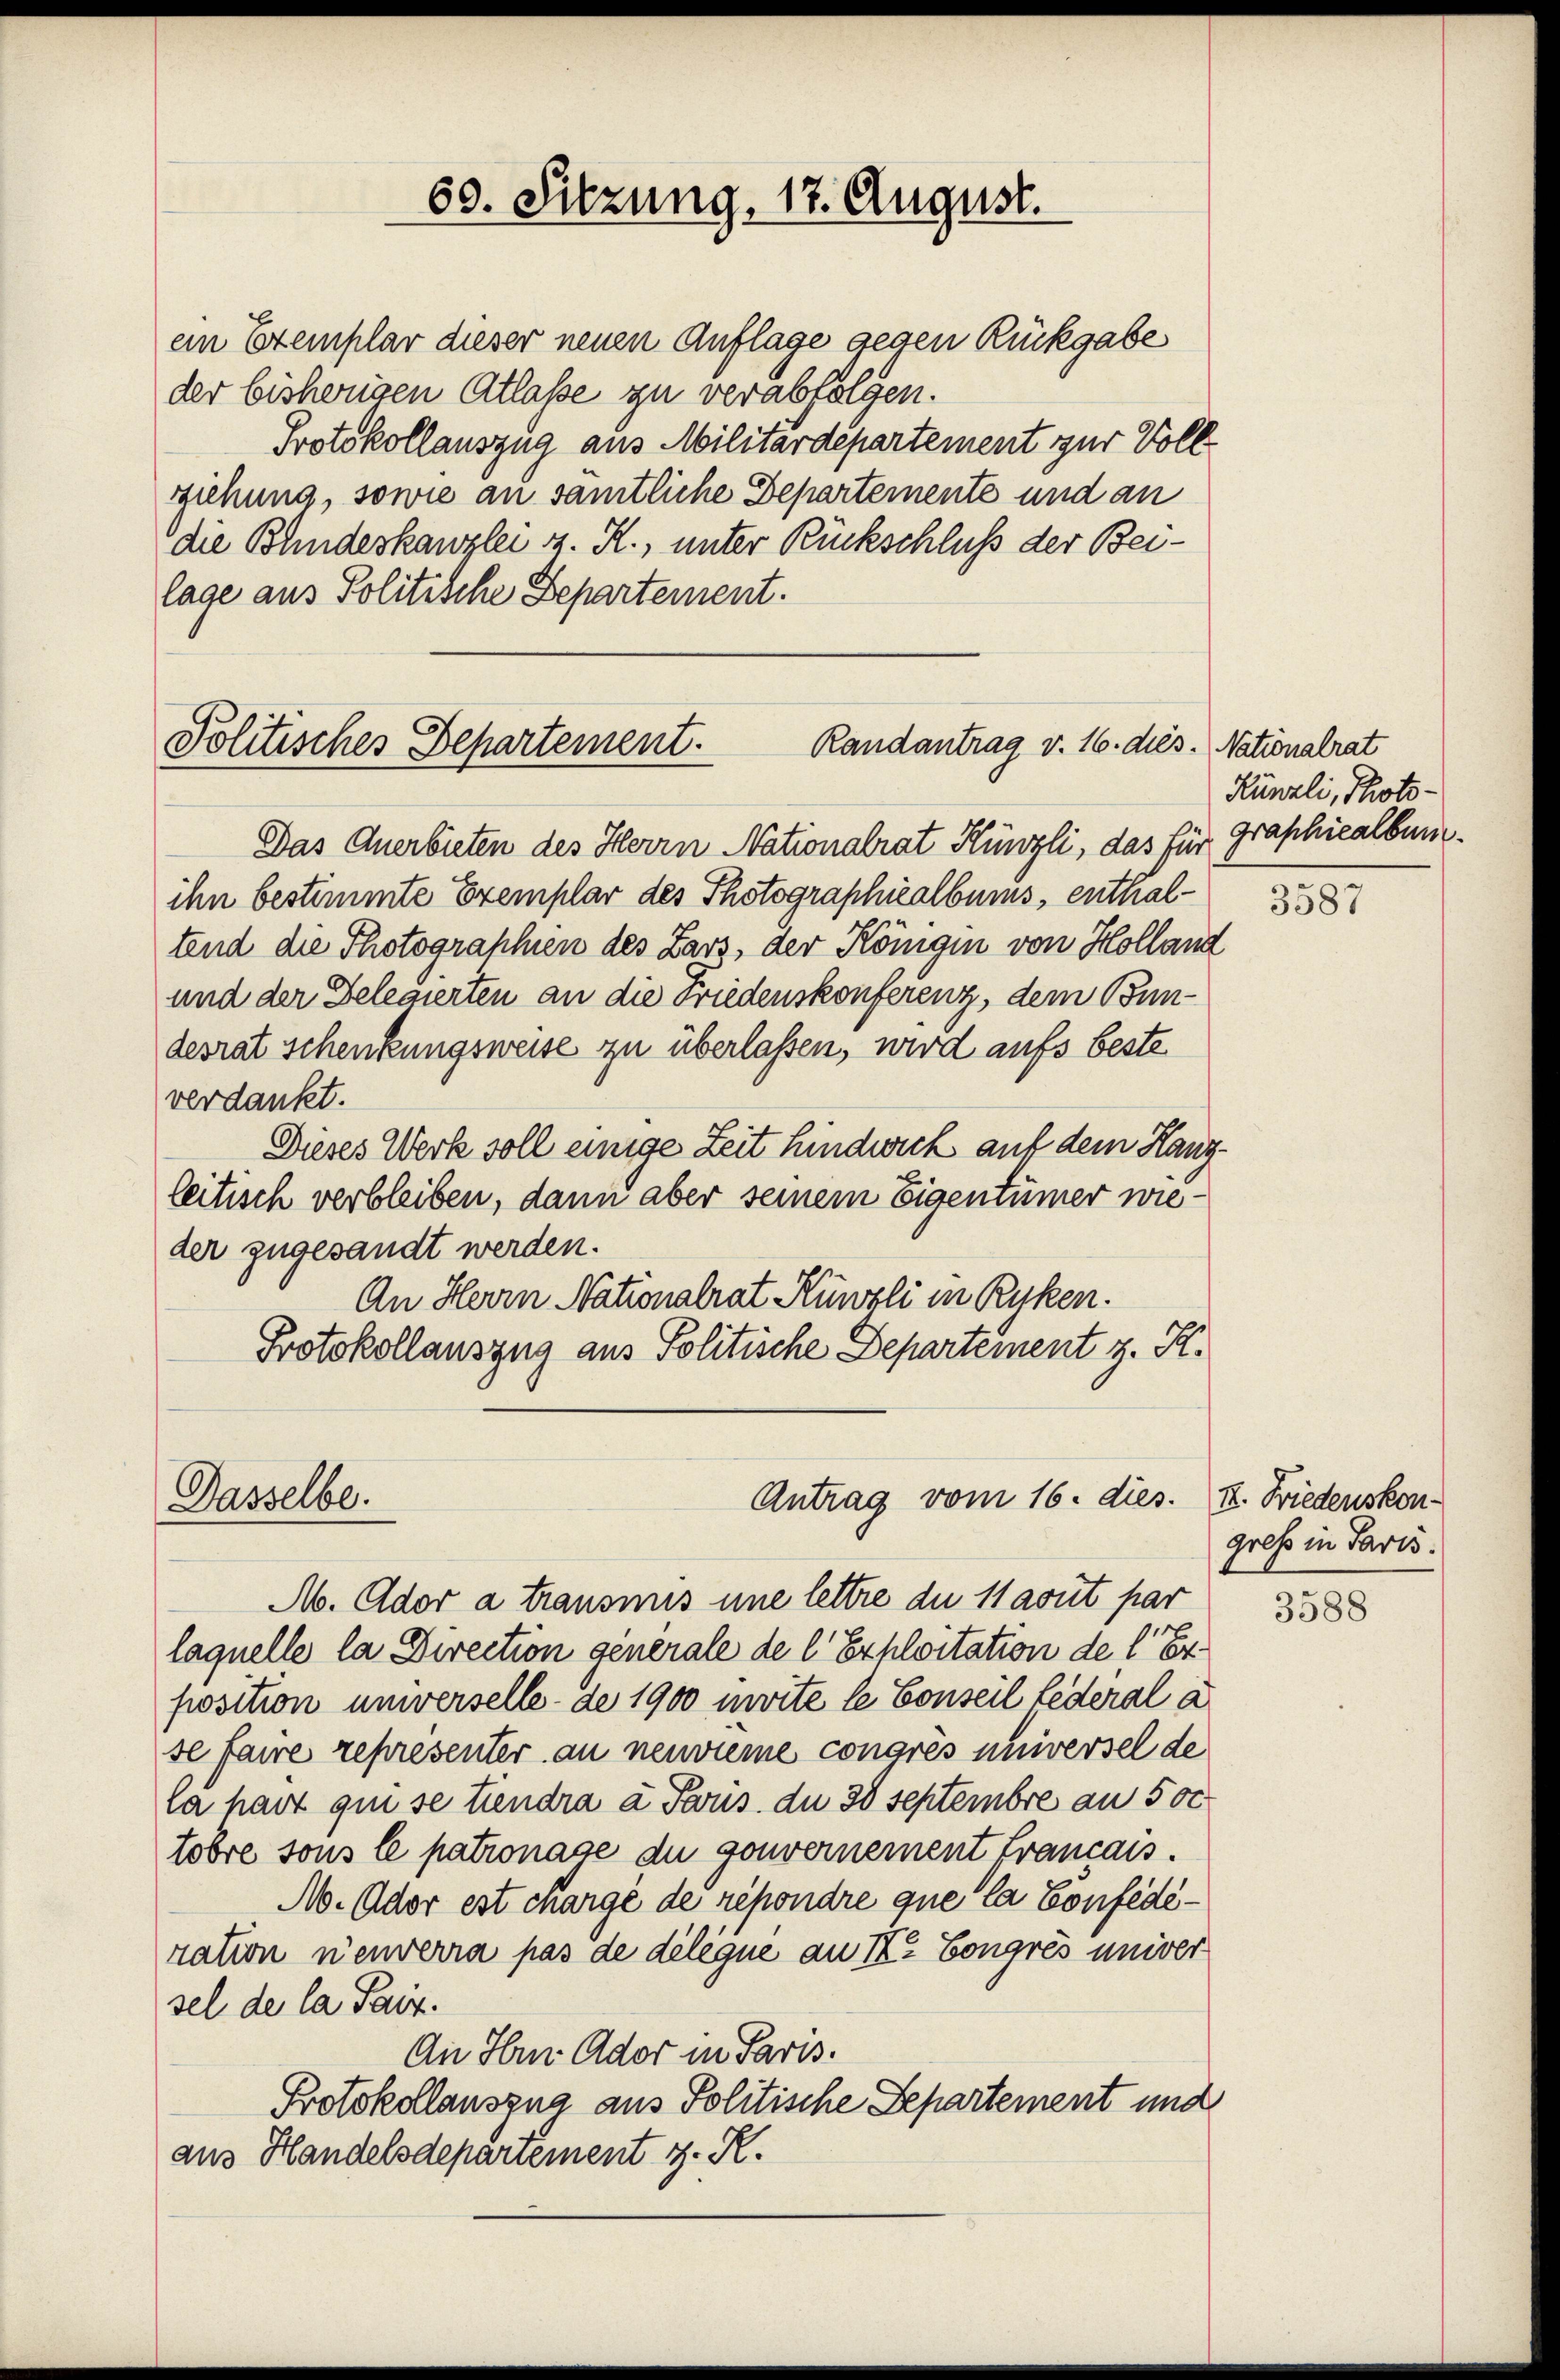
Politisches Departement.
Randantrag v. 16. dies. Nationalrat

Dasselbe.

60. Sitzung, 17. August.

ein Exemplar dieser neuen Auflage gegen Rückgabe
der bisherigen Atlasse zu verabfolgen.
Protokollauszug aus Militärdepartement zur Vollziehung, sowie an samtliche Departemente und an
die Bundeskanzlei z. R., unter Rückschluß der Beilage aus Politische Departement.

Antrag vom 16. dies. II. Friedenskon¬

Das Anerbieten des Herrn Nationalrat Künzli, das für graphiealburg.
ihn bestimmte Exemplar des Photographiealbums, enthaltend die Photographien des Zarz, der Königin von Holland
und der Gelegierten an die Friedenskonferenz, dem Bundesrat schenkungsweise zu überlassen, wird aufs beste
verdankt.
Dieses Werk soll einige Zeit hindwich auf dem Hanzleitisch verbleiben, dann aber seinem Eigentümer wieder zugesandt werden.
An Herrn Nationalrat Künzli in Ryken.
Protokollauszug aus Politische Departement z. R.

Künzli, Photo¬

A. Ador a transmis une lettre du 11 avut par
laquelle la Direction generale de l. Exploitation de l. Er
position universelle de 1900 mvite le Conseil Lederal a
se faire représenter an neuriere congrès universel de
ta hart qui se tiendra a Paus. du 28 Septembre an 500
tobre sous le patronase du gouvernement Francais.
A. Ador est chargé de répondre que la Confedération neuvera pas de délégue an Ir Congres univer
sel der la Paur.
An Hrn. Ador in Paris.
Protokollauszug aus Politische Departement und
aus Handelsdepartement z. R.

3587

greß in Paris.

3588